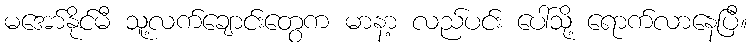
မအော်နိုင်မီ သူ့လက်ချောင်းတွေက မာနာ့ လည်ပင်း ပေါ်သို့ ရောက်လာနေပြီ။